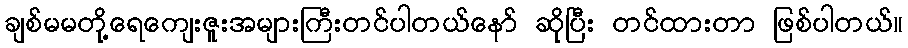
ချစ်မမတို့ရေကျေးဇူးအများကြီးတင်ပါတယ်နော် ဆိုပြီး တင်ထားတာ ဖြစ်ပါတယ်။